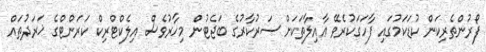
ފޯރުންތެރިކަން ކުޑަކަމުގައި ފާހަގަކުރެވޭ ޢާއިލާތަކަށް ސަރުކާރުގެ ބަޖެޓުން މިހާރުވެސް އިލެކްޓްރިކް ކަރަންޓްގެ ޚަރަދުތައް